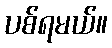
ပစ်ရမယ်။